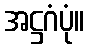
အဋ္ဌဂံပုံ။